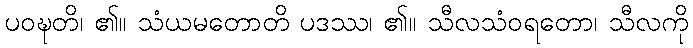
ပဝဍ္ဎတိ၊ ၏။ သံယမတောတိ ပဒဿ၊ ၏။ သီလသံဝရတော၊ သီလကို